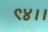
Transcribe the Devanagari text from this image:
९४।।